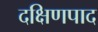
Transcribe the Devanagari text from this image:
दक्षिणपाद